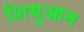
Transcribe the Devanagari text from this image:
शियुआन